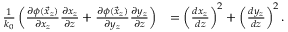
\begin{array} { r l } { \frac { 1 } { k _ { 0 } } \left( \frac { \partial \phi ( \vec { x } _ { z } ) } { \partial x _ { z } } \frac { \partial x _ { z } } { \partial z } + \frac { \partial \phi ( \vec { x } _ { z } ) } { \partial y _ { z } } \frac { \partial y _ { z } } { \partial z } \right) } & { = \left( \frac { d x _ { z } } { d z } \right) ^ { 2 } + \left( \frac { d y _ { z } } { d z } \right) ^ { 2 } . } \end{array}